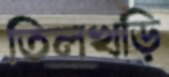
তিলখড়ি